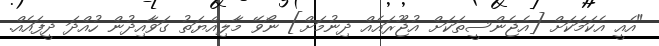
"އެއީ އެކަމަކަށް [އެޖެންސީތަކަށް އުޖޫރައެއް ދިނުމަށް] ނޯވޭ މާލިއްޔަތު ގަވާއިދުން ހުއްދަ ދީފައެއް.